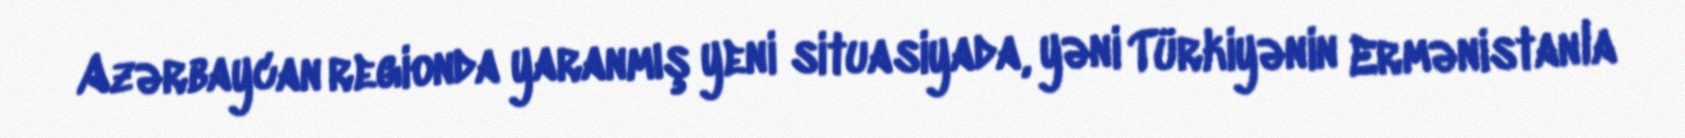
Azərbaycan regionda yaranmış yeni situasiyada, yəni Türkiyənin Ermənistanla